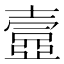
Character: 𡔾